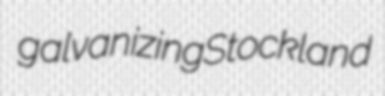
galvanizing Stockland